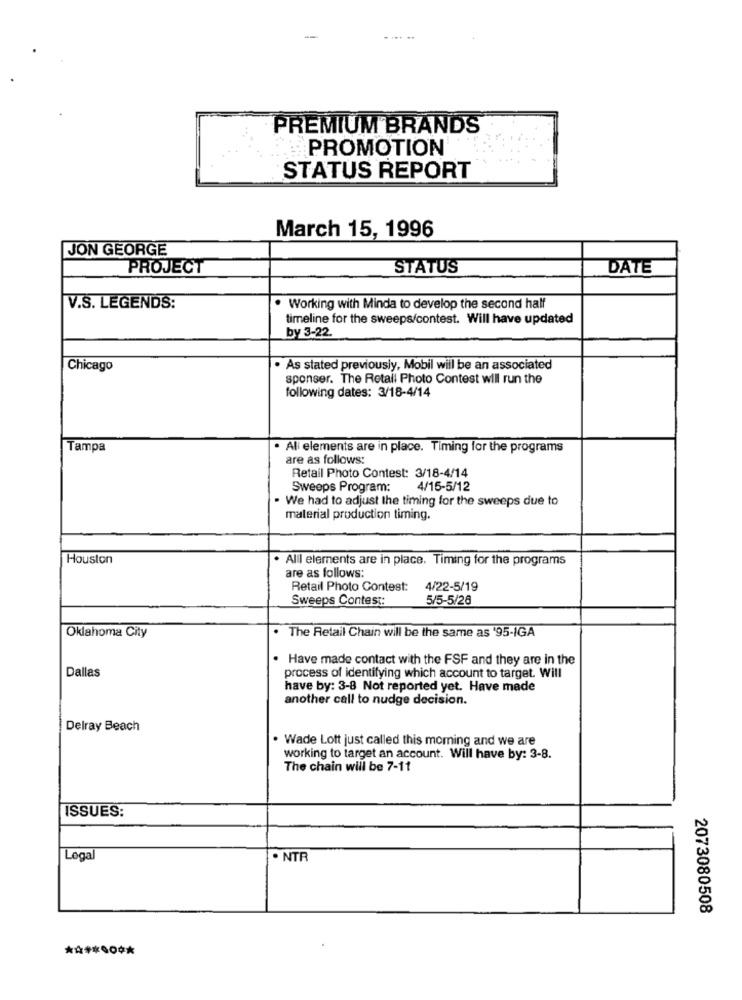
PREMIUM BRANDS
PROMOTION
STATUS REPORT
March 15, 1996
JON GEORGE
PROJECT
STATUS
DATE
V.S. LEGENDS:
. Working with Minda to develop the second half
timeline for the sweeps/contest. Will have updated
by 3-22.
Chicago
As stated previously, Mobil will be an associated
sponser. The Retail Photo Contest will run the
following dates: 3/18-4/14
Tampa
Ali elements are in place. Timing for the programs
are as follows:
Retail Photo Contest: 3/18-4/14
Sweeps Program:
4/15-5/12
We had to adjust the timing for the sweeps due to
material production timing.
Houston
. All elements are in place. Timing for the programs
are as follows:
Retail Photo Contest:
4/22-5/19
Sweeps Contest:
5/5-5/26
Oklahoma City
The Retail Chain will be the same as '95-IGA
Have made contact with the FSF and they are in the
Dallas
process of identifying which account to target. Will
have by: 3-8 Not reported yet. Have made
another call to nudge decision.
Delray Beach
. Wade Lott just called this morning and we are
working to target an account. Will have by: 3-8.
The chain will be 7-11
ISSUES:
Logal
. NTR
2073080508
***** 0 **